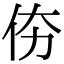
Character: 𠇴